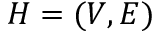
H = ( V , E )